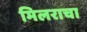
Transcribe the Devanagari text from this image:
मिलराचा